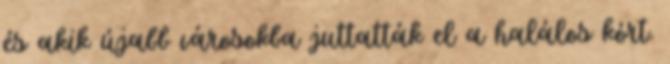
és akik újabb városokba juttatták el a halálos kórt.